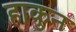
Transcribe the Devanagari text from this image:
हाकुन